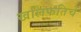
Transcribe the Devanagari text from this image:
खलिफतिचे